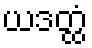
ယဒတ္ထံ